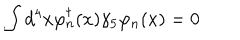
\int d ^ { 4 } x \varphi _ { n } ^ { \dagger } ( x ) \gamma _ { 5 } \varphi _ { n } ( x ) = 0